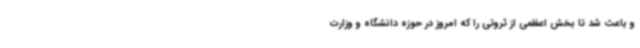
و باعث شد تا بخش اعظمی از ثروتی را که امروز در حوزه دانشگاه و وزارت